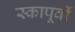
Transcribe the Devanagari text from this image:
स्कापूर्वी